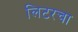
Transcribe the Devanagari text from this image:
लिटरचा